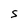
Character: S